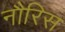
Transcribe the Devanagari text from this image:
नौरिस